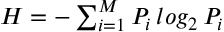
\begin{array} { r } { H = - \sum _ { i = 1 } ^ { M } P _ { i } \, l o g _ { 2 } \, P _ { i } } \end{array}